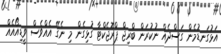
އަޅުގަނޑުމެން ގަސްދެއް ނުކުރަން ބްރިޖް ޕްރޮޖެކްޓާ ގުޅިގެން މި ނެގޭ އެއްވެސް ވީޑިއޯއެއް